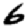
Digit: 6